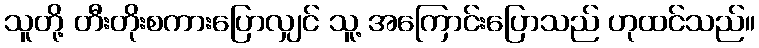
သူတို့ တီးတိုးစကားပြောလျှင် သူ့ အကြောင်းပြောသည် ဟုထင်သည်။